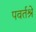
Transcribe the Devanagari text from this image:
पवर्तश्रे